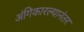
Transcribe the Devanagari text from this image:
अंगिकारल्यानंतर